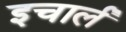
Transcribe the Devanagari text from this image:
इचार्लं